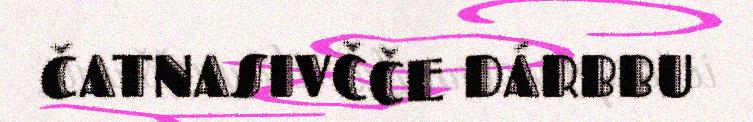
ČATNASIVČČE DÁRBBU